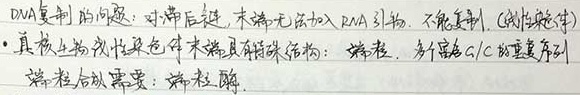
DNA复制的问题：对滞后链，末端无法加入RNA引物，不能复制（线性染色体）。

真核生物线性染色体末端具有特殊结构：端粒，多个富含G/C的重复序列。

端粒合成需要：端粒酶。